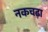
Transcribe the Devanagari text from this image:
नकचढ़ा